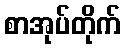
စာအုပ်တိုက်